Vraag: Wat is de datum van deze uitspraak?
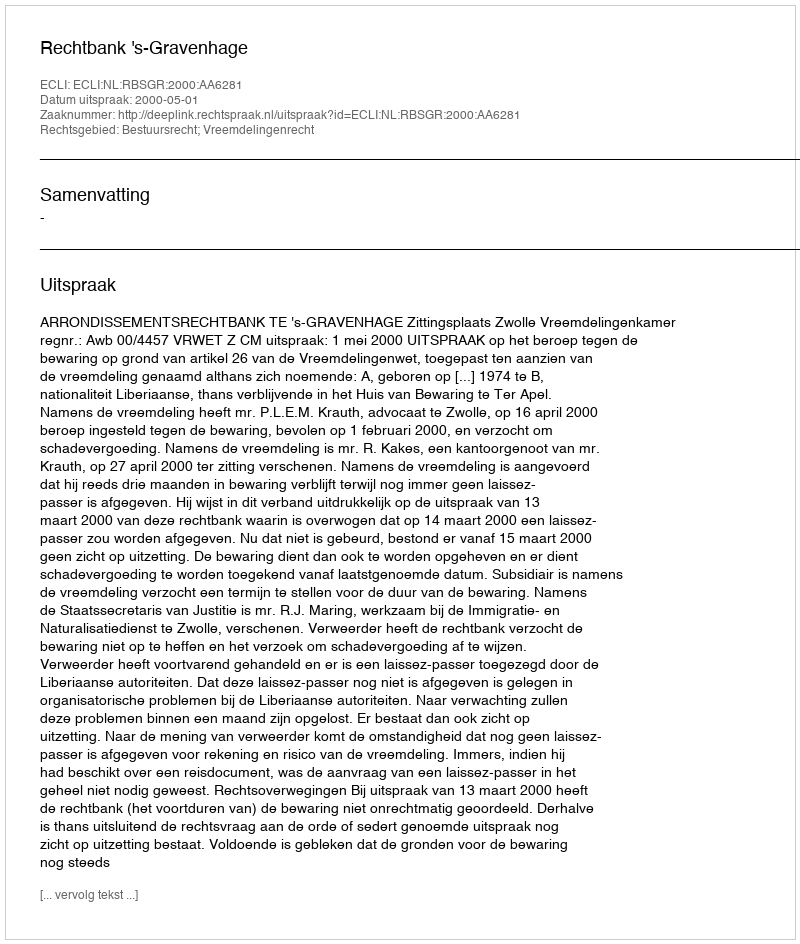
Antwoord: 2000-05-01